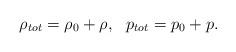
LaTeX: \begin{align*}\rho_{tot}=\rho_0+\rho, \ \ p_{tot}=p_0+p.\end{align*}